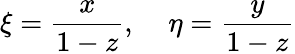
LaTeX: \xi=\frac{x}{1-z},\; \; \; \; \eta=\frac{y}{1-z}